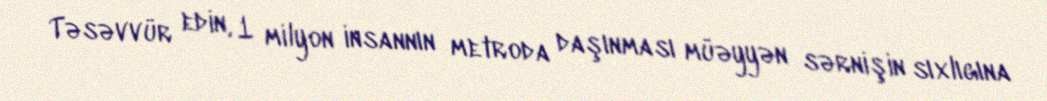
Təsəvvür edin, 1 milyon insannın metroda daşınması müəyyən sərnişin sıxlıgına